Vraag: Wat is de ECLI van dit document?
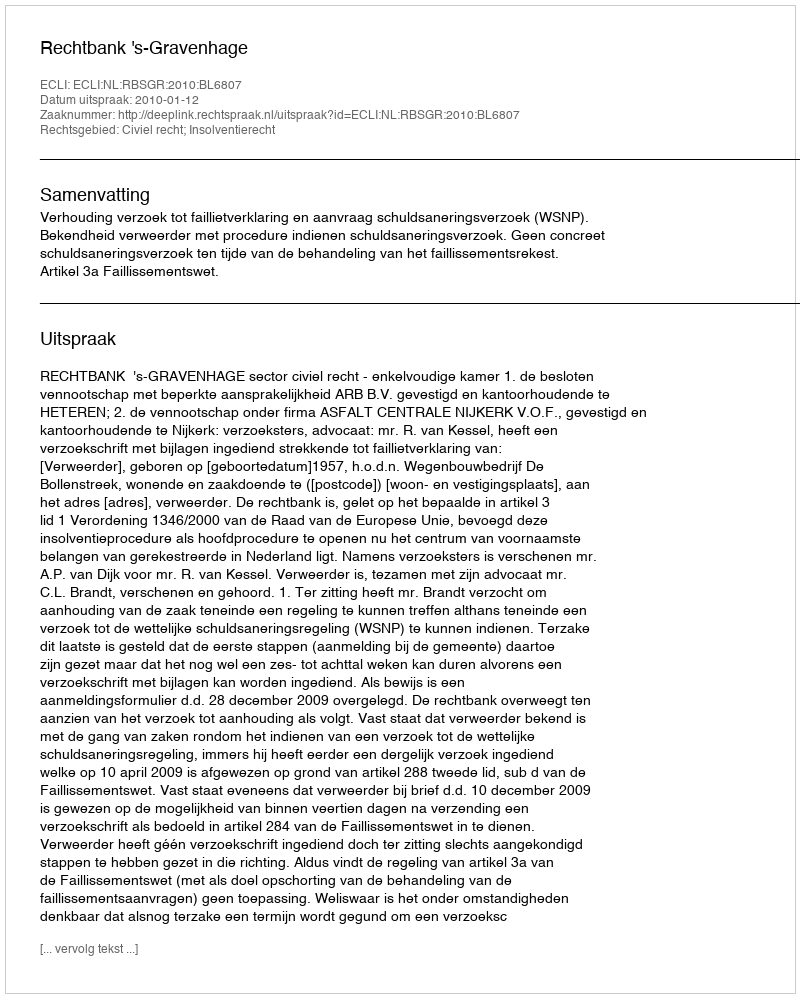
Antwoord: ECLI:NL:RBSGR:2010:BL6807